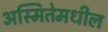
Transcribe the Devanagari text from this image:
अस्मितेमधील